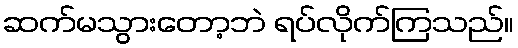
ဆက်မသွားတော့ဘဲ ရပ်လိုက်ကြသည်။